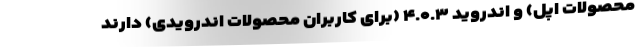
محصولات اپل) و اندروید ۴.۰.۳ (برای کاربران محصولات اندرویدی) دارند